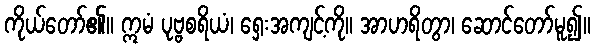
ကိုယ်တော်၏။ ဣမံ ပုဗ္ဗစရိယံ၊ ရှေးအကျင့်ကို။ အာဟရိတွာ၊ ဆောင်တော်မူ၍။